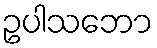
ဥပါသဘော